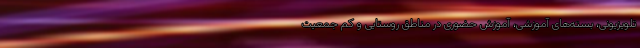
تلویزیونی، بسته‌های آموزشی، آموزش حضوری در مناطق روستایی و کم جمعیت